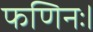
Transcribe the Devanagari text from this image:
फणिनः।